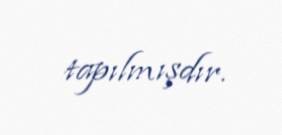
tapılmışdır.